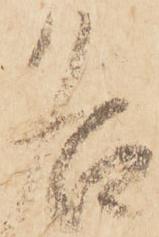
名